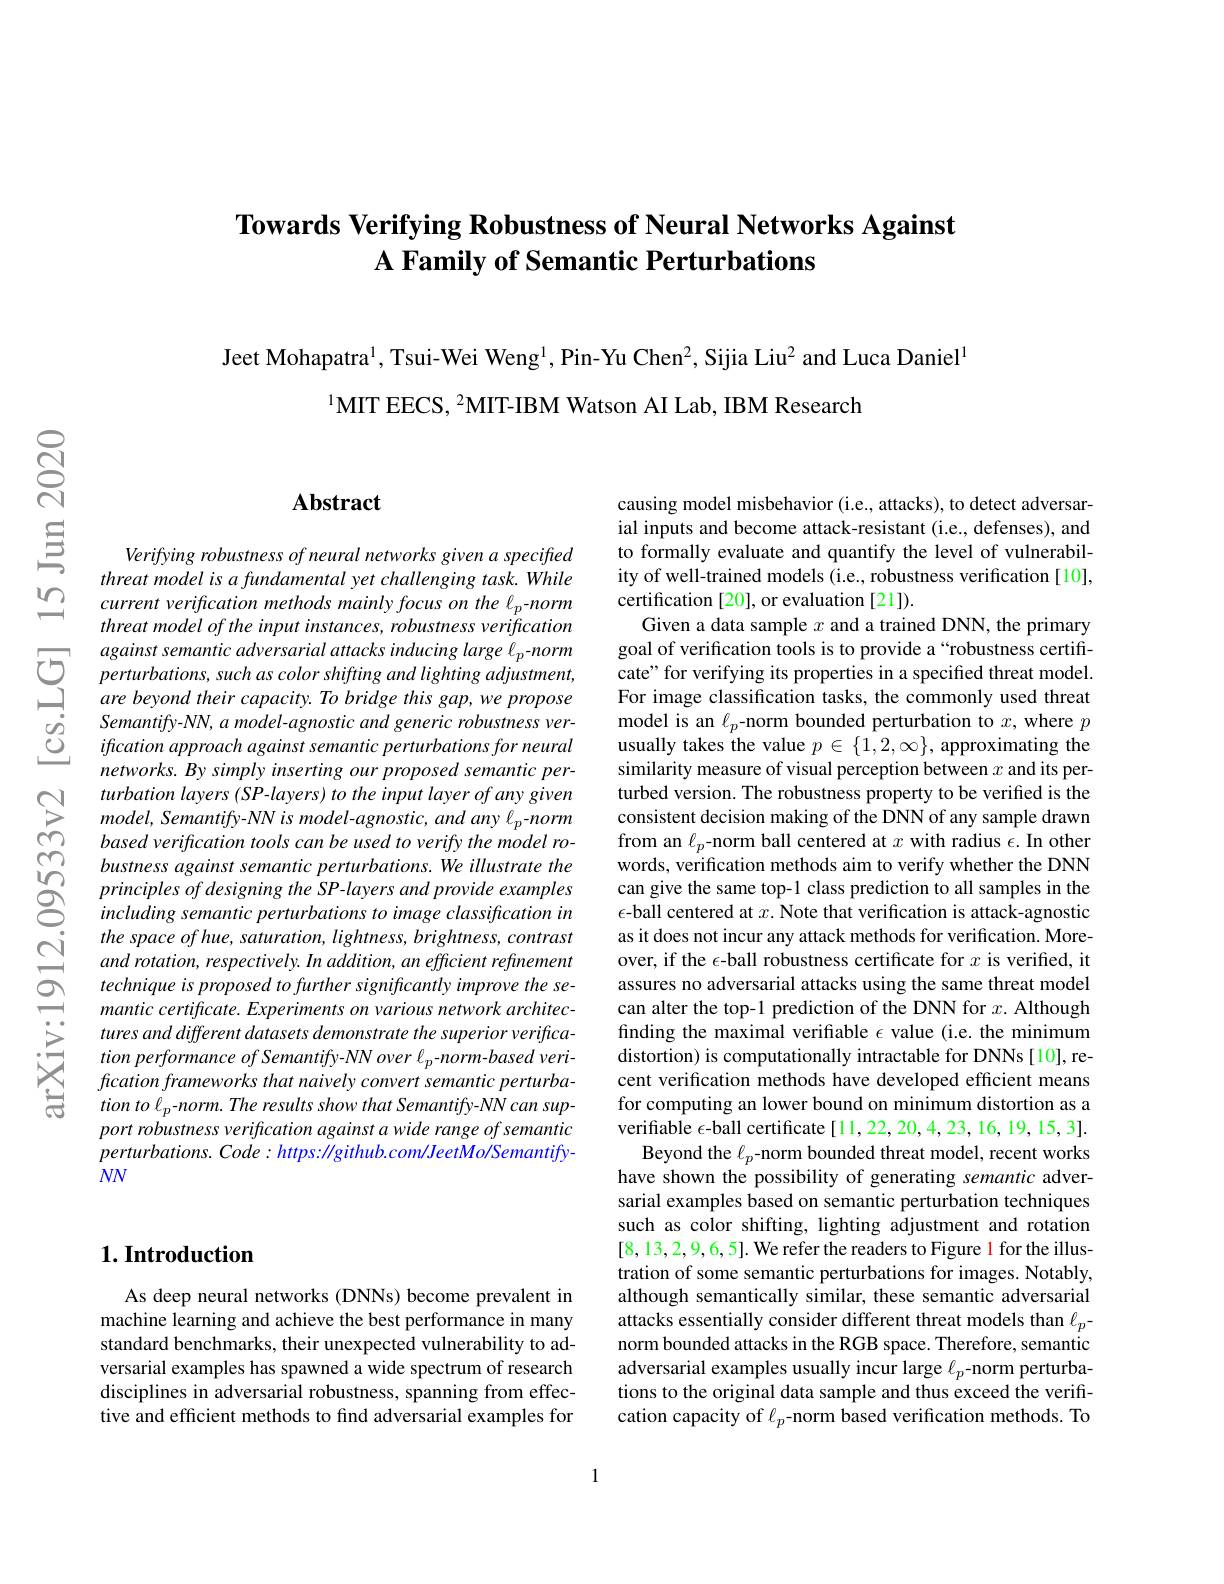
## Towards Verifying Robustness of Neural Networks Against A Family of Semantic Perturbations

Jeet Mohapatra$^1$, Tsui-Wei Weng$^1$, Pin-Yu Chen$^2$, Sijia Liu$^2$ and Luca Daniel$^1$
$^{1}$MIT EECS, $^2$MIT-IBM Watson AI Lab, IBM Research

cin

## $\mathbf{Abstract}$

Verifying robustness of neural networks given a specified threat model is a fundamental yet challenging task. While current veriftcation methods mainly focus $on$ the $\ell _p- normthreat$ model $of$ the input $instances$, robustness verifhcation against semantic adversarial attacks inducing large lp- norm perturbations, such as color shifting and lighting adjustment, are beyond their capacity. To bridge this gap, we propose Semantify-NN, a model-agnostic and generic robustness verification approach against semantic perturbations for neural networks. By simply inserting our proposed semantic per-
$\begin{array}{cc}{}\text{turbation layers (SP-layers) to the input layer of any given}\\{\sum}&{model,Semantify-NN~is~model-agnostic,~and~any~\ell_{p}-norm}\\{\cap}&{based~verification~tools~can~be~used~to~verify~the~model~ro-}\end{array} $ $bustness against semantic perturbations. We illustrate the$ $Q principles of designing the SP-layers and provide examples$ includingsemanticperturbationstoimageclassificationin
the space of hue, saturation, lightness, brightness, contrast and rotation, respectively. In addition, an efficient refinement technique is proposed to further significantly improve the semantic certificate. Experiments on various network architectures and different datasets demonstrate the superior verification performance of Semantify- NN over l p- norm- based veri- $fication\textit{frameworks that naively convert semantic perturba- }$ tion to l$_p$-norm. The results show that Semantify-NN can support robustness verification against a wide range of semantic $perturbations.Code:https:\|github.com/JeetMo/Semantify-$ $NN$

## $1. \textbf{Introduction}$

As deep neural networks (DNNs) become prevalent in machine learning and achieve the best performance in many standard benchmarks, their unexpected vulnerability to adversarial examples has spawned a wide spectrum of research disciplines in adversarial robustness, spanning from effective and efficient methods to find adversarial examples for

causing model misbehavior (i.e., attacks), to detect adversarial inputs and become attack-resistant (i.e., defenses), and to formally evaluate and quantify the level of vulnerability of well-trained models (i.e., robustness verification [10], certification [20], or evaluation [21]).
Given a data sample $x$ and a trained DNN, the primary goal of verification tools is to provide a“robustness certificate" for verifying its properties in a specified threat model. For image classification tasks, the commonly used threat model is an $\ell_p$-norm bounded perturbation to $x$,where $p$ usually takes the value $p\in\{1,2,\infty\}$, approximating the similarity measure of visual perception between $x$ and its perturbed version. The robustness property to be verified is the consistent decision making of the DNN of any sample drawn from an $\ell_p$-norm ball centered at $x$ with radius $\epsilon.$ In other words, verification methods aim to verify whether the DNN can give the same top-1 class prediction to all samples in the $\epsilon$-ball centered at $x.$ Note that verification is attack-agnostic as it does not incur any attack methods for verification. Moreover, if the $\epsilon$-ball robustness certificate for $x$ is verified, it assures no adversarial attacks using the same threat model can alter the top-1 prediction of the DNN for $x.$ Although finding the maximal verifiable $\epsilon$ value (i.e. the minimum distortion) is computationally intractable for DNNs [10], recent verification methods have developed efficient means for computing an lower bound on minimum distortion as a verifiable $\epsilon$-ball certificate[11,22,20,4,23,16,19,15,3].
Beyond the $\ell_p$-norm bounded threat model, recent works have shown the possibility of generating semantic adversarial examples based on semantic perturbation techniques such as color shifting, lighting adjustment and rotation [8,13,2,9,6,5]. We refer the readers to Figure 1 for the illustration of some semantic perturbations for images. Notably, although semantically similar, these semantic adversarial attacks essentially consider different threat models than $\ell_p-$ norm bounded attacks in the RGB space. Therefore, semantic adversarial examples usually incur large $\ell_p$-norm perturbations to the original data sample and thus exceed the verification capacity of $\ell_p$-norm based verification methods. To